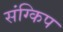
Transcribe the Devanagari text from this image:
संग्किप